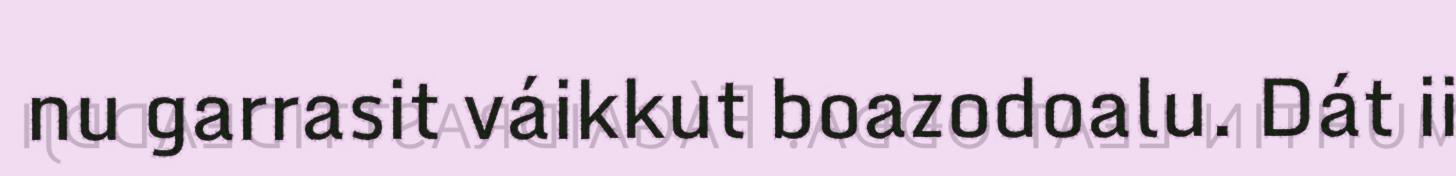
nu garrasit váikkut boazodoalu. Dát ii